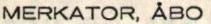
MERKATOR, ÅBO